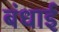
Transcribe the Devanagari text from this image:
बंधाई